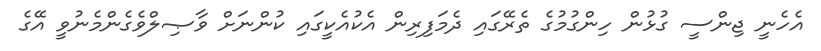
އެހެނީ ޖިންސީ ގުޅުން ހިންގުމުގެ ތެރޭގައި ދެމަފިރިން އެކުއެކީގައި ކުންނަށް ވާޞިލްވެގެންމެނުވީ އޭގެ